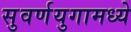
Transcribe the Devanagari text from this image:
सुवर्णयुगामध्ये